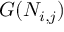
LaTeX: G ( N _ { i , j } )